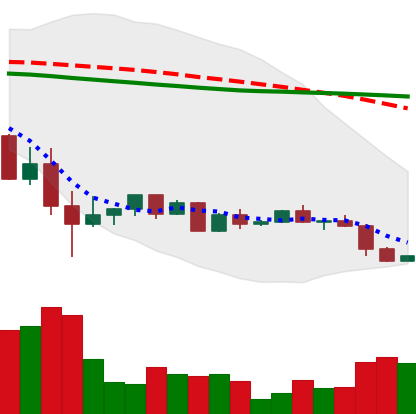
Ticker: ETH-USD
Chart end date: 2022-05-28
Forward return: 4.335%
Label: up_3_5